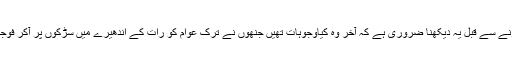
حالانکہ پاکستان سے موازنہ کرنے سے قبل یہ دیکھنا ضروری ہے کہ آخر وہ کیاوجوہات تھیں جنھوں نے ترک عوام کو رات کے اندھیرے میں سڑکوں پر آکر فوجی بغاوت کو کچلنے پر آمادہ کیا۔